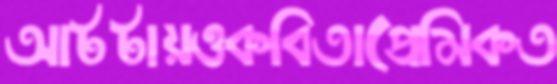
আটটায়ওকবিতাপ্রেমিকত